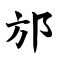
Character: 邡